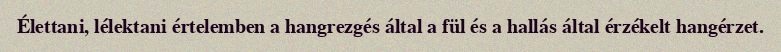
Élettani, lélektani értelemben a hangrezgés által a fül és a hallás által érzékelt hangérzet.